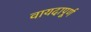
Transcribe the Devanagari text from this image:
वायदापूर्ण